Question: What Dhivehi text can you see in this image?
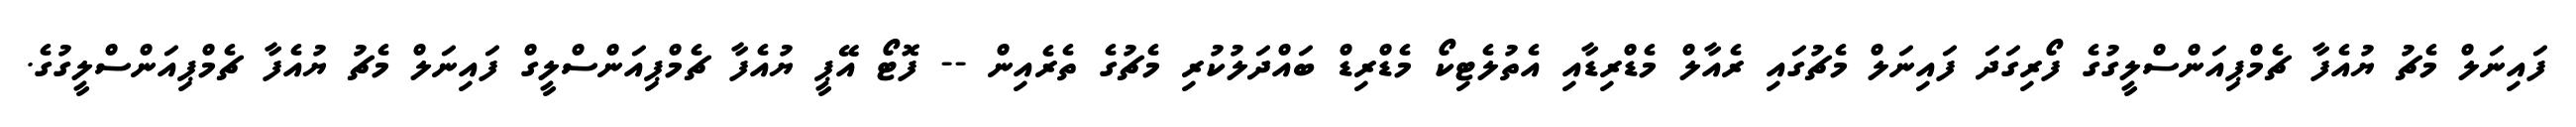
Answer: ފައިނަލް މެޗު ޔުއެފާ ޗެމްޕިއަންސްލީގުގެ ފޯރިގަދަ ފައިނަލް މެޗުގައި ރެއާލް މެޑްރިޑާއި އެތުލެޓިކޯ މެޑްރިޑް ބައްދަލުކުރި މެޗުގެ ތެރެއިން -- ފޮޓޯ އޭޕީ ޔުއެފާ ޗެމްޕިއަންސްލީގް ފައިނަލް މެޗު ޔުއެފާ ޗެމްޕިއަންސްލީގުގެ.